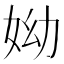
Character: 𡛙